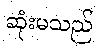
ဆုံးမသည်